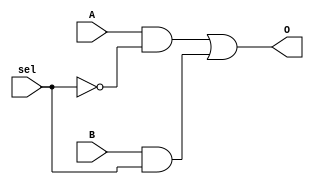
module mux21 (
    input A,B,sel,
    output O
);
    not #(50) not1(nsel,sel);
    and #(50) and1(O1,A,nsel);
    and #(50) and2(O2,B,sel);
    or  #(50) or1(O,O1,O2);
endmodule